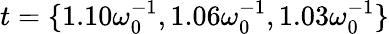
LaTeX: t=\lbrace{1.10\omega_{0}^{-1},1.06\omega_{0}^{-1},1.03\omega_{0}^{-1}\rbrace}